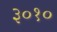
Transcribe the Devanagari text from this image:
३०१०